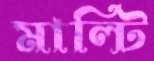
মাল্টি